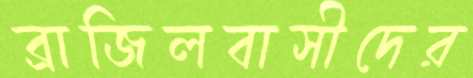
ব্রাজিলবাসীদের